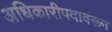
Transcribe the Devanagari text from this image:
अधिकारीपदावरून